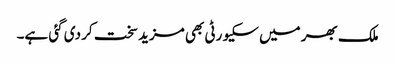
ملک بھر میں سکیورٹی بھی مزید سخت کر دی گئی ہے۔